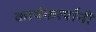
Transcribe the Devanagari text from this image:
कार्यकर्त्‍यांनी